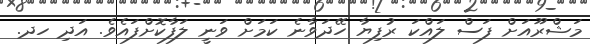
މަޝްރޫއަށް ފަސް ލައްކަ ރުފިޔާ ހޭދަވާނެ ކަމަށް ވަނީ ލަފާކޮށްފައެވެ. އަދި ހދ.